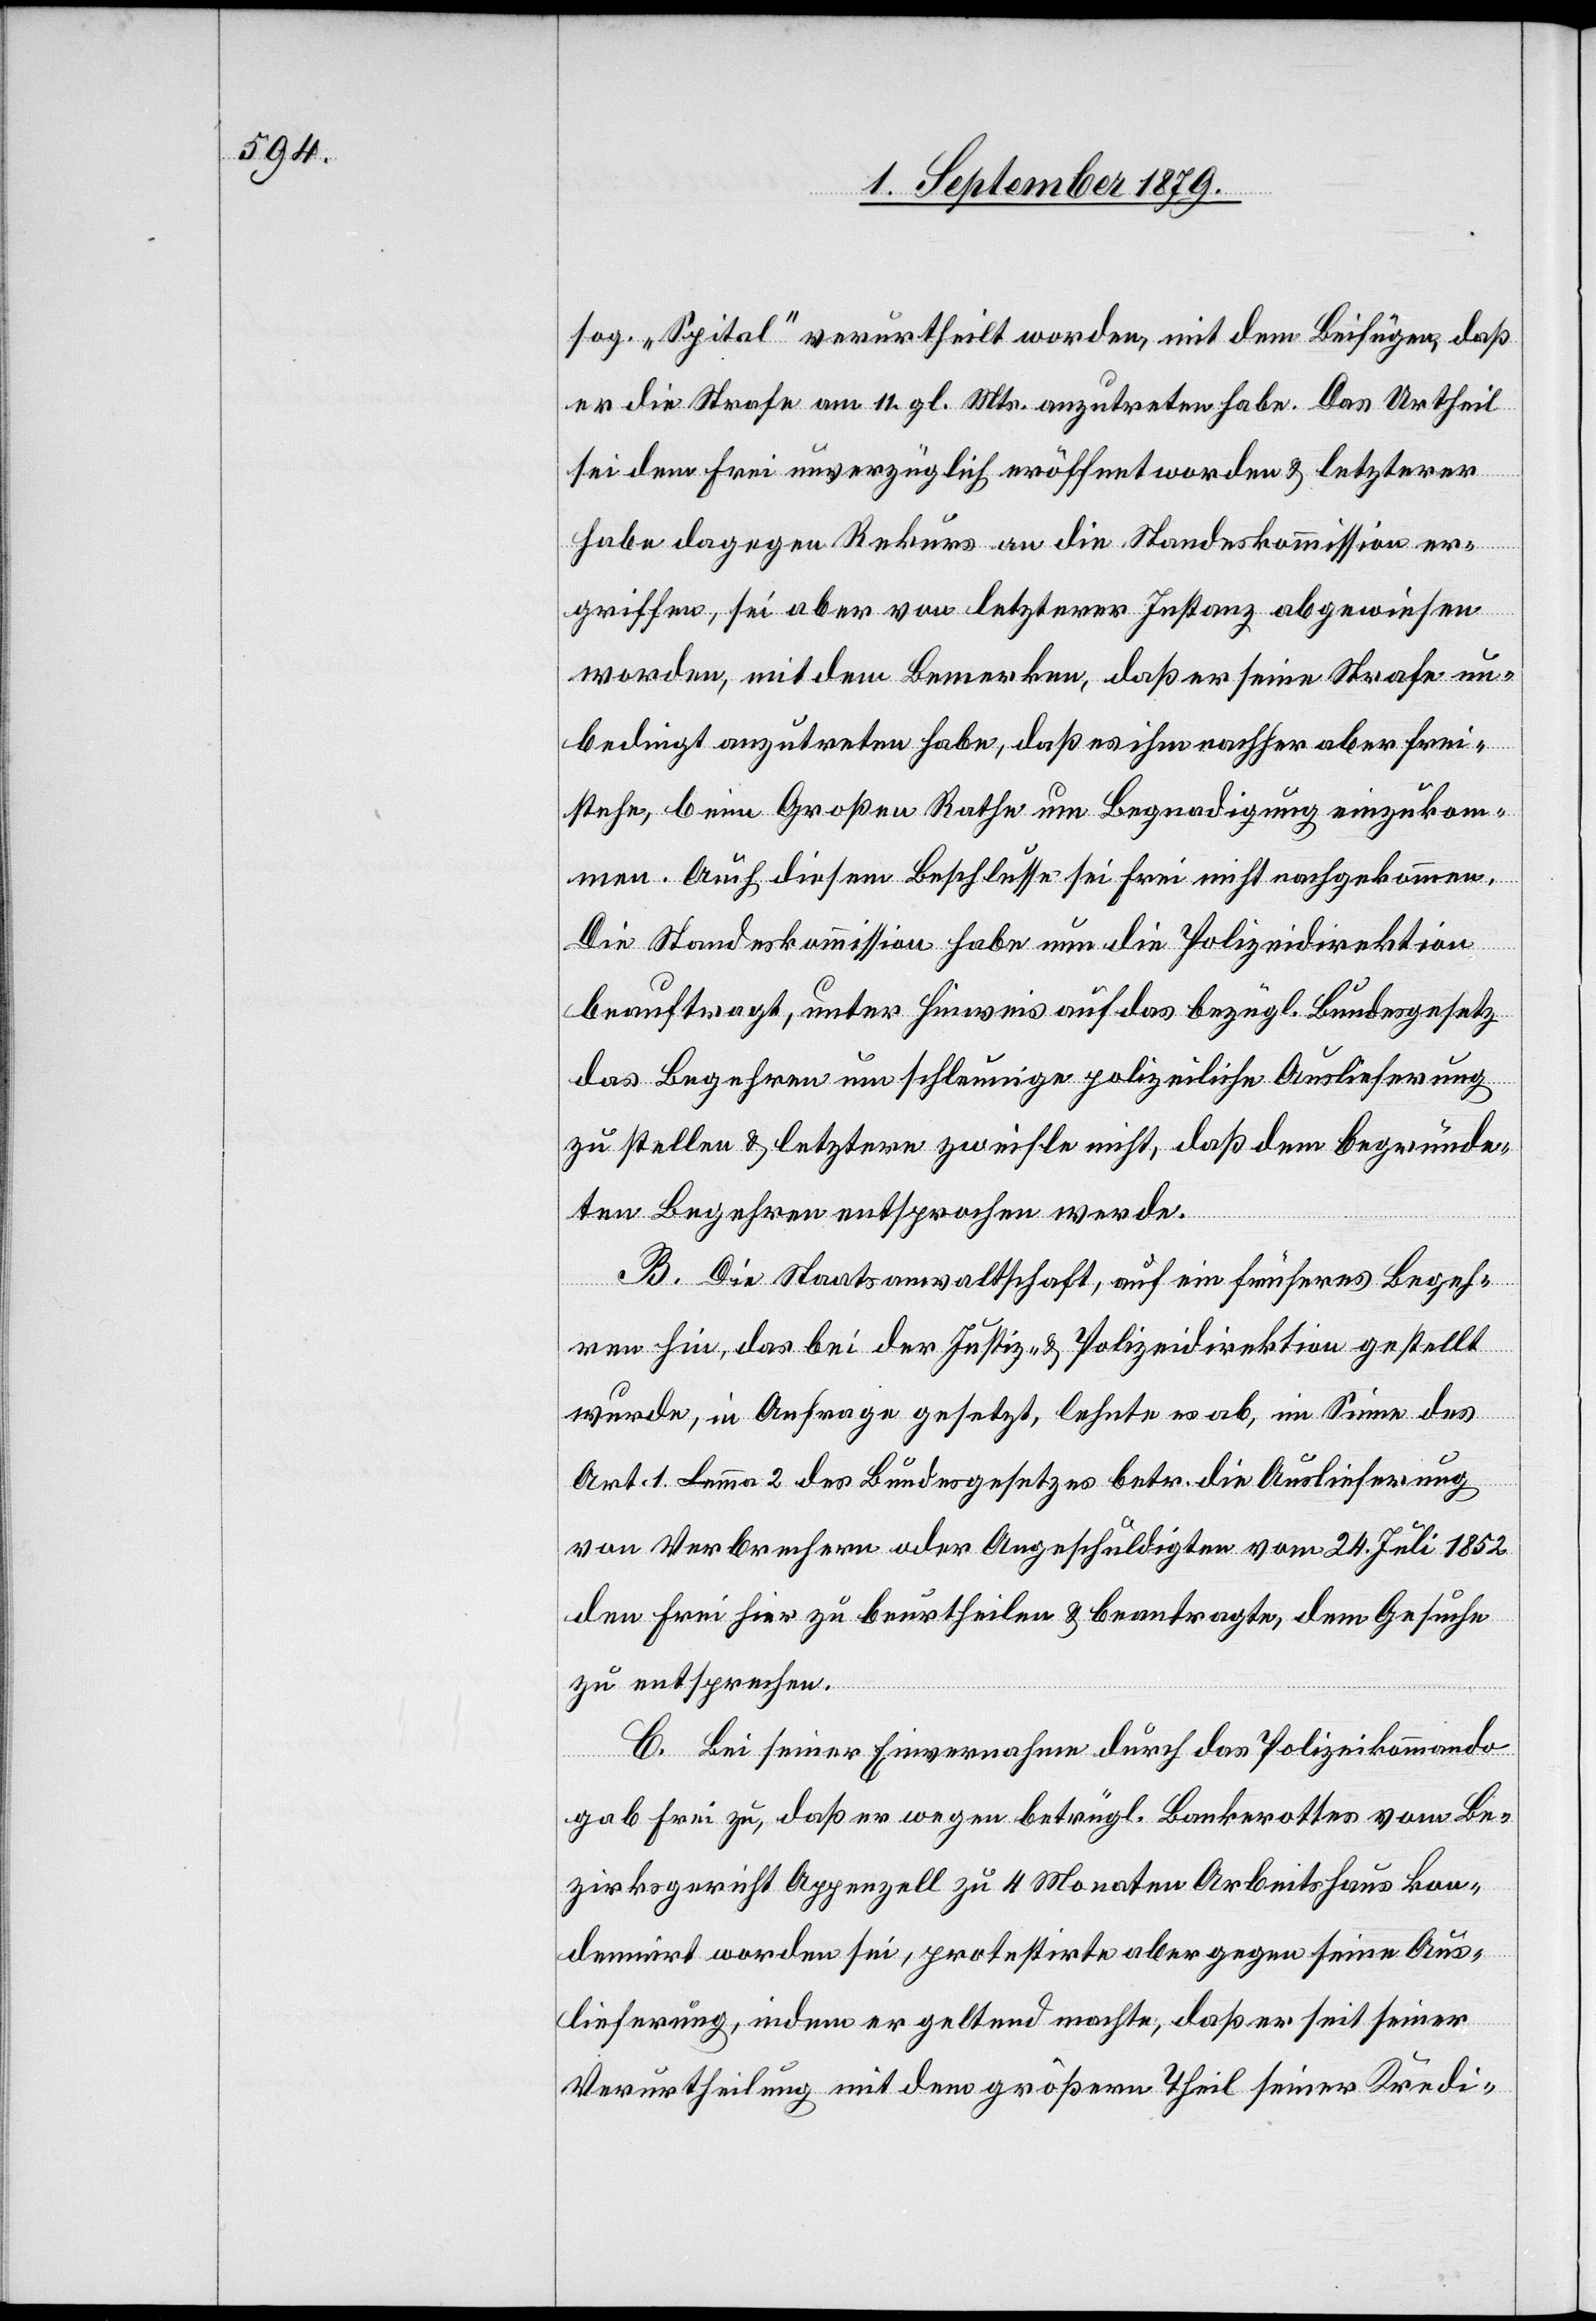
sog. „Spital“ verurtheilt worden, mit dem Beifügen, daß
er die Strafe am 11. gl. Mts. anzutreten habe. Das Urtheil
sei dem Frei unverzüglich eröffnet worden & letzterer
habe dagegen Rekurs an die Standeskommission er¬
griffen, sei aber von letzterer Instanz abgewiesen
worden, mit dem Bemerken, daß er seine Strafe un¬
bedingt anzutreten habe, daß es ihm nachher aber frei¬
stehe, beim Großen Rathe um Begnadigung einzukom¬
men. Auch diesem Beschlusse sei Frei nicht nachgekommen.
Die Standeskommission habe nun die Polizeidirektion
beauftragt, unter Hinweis auf das bezügl. Bundesgesetz
das Begehren um schleunige polizeiliche Auslieferung
zu stellen & letztere zweifle nicht, daß dem begründe¬
ten Begehren entsprochen werde.
B. Die Staatsanwaltschaft, auf ein früheres Begeh¬
ren hin, das bei der Justiz- & Polizeidirektion gestellt
wurde, in Anfrage gesetzt, lehnte es ab, im Sinne des
Art. 1 Lemma 2 des Bundesgesetzes betr. die Auslieferung
von Verbrechern oder Angeschuldigten vom 24. Juli 1852
den Frei hier zu beurtheilen & beantragte, dem Gesuche
zu entsprechen.
C. Bei seiner Einvernahme durch das Polizeikommando
gab Frei zu, daß er wegen betrügl. Bankerottes vom Be¬
zirksgericht Appenzell zu 4 Monaten Arbeitshaus kon¬
demnirt worden sei, protestirte aber gegen seine Aus¬
lieferung, indem er geltend machte, daß er seit seiner
Verurtheilung mit dem größern Theil seiner Kredi-